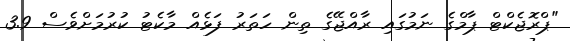
"ޕްރޮޖެކްޓް ޕާމްގެ ނަމުގައި ރާއްޖޭގެ ތިން ހަތަރު ފަޅެއް މާކެޓު ކުރުމަށްވެސް 3.9